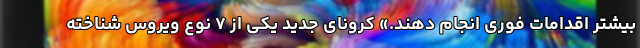
بیشتر اقدامات فوری انجام دهند.» کرونای جدید یکی از ۷ نوع ویروس شناخته